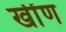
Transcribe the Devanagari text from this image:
खींण